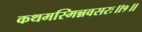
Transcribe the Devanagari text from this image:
कथमस्मिन्नवसरः॥१॥